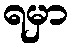
ရမှာ